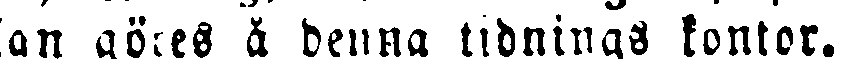
an göres å denna tidnings kontor.